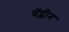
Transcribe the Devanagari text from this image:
चॅप्लीन